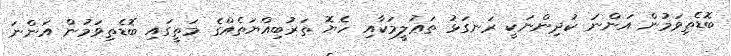
ބޮޑެތިވަމުން އަންނަ ކުދިންނަކީ ރަނގަޅު ތަޢުލީމަކާއި ހެޔޮ ތަރުބިއްޔަތެއްގެ މަތީގައި ބޮޑެތިވަމުން އަންނަ